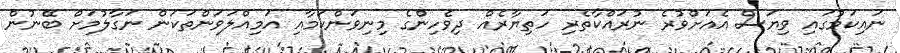
ނައިކަމުގައި ވިޔަސް އެއަށްވުުރެ ނުރައްކާތެރި ހަތިޔާރެއް ދިވެހިންގެ މިނިވަންކަމާއި އަމިއްލަވަންތަކަން ނަގާލުމަށް ބޭނުން